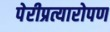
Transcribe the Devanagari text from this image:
पेरीप्रत्यारोपण